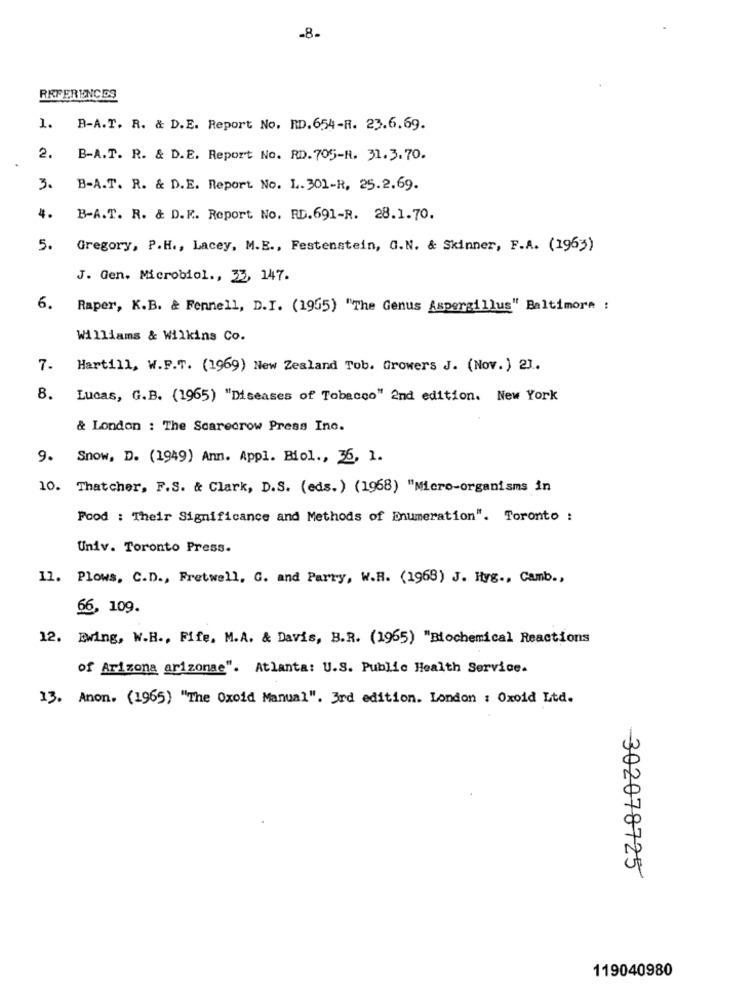
-8.
REFERENCES
1. B-A.T. R. & D.E. Report No. RD.654-R. 23.6.69.
2. 1
B-A.T. R. & D.E. Report No. RD. 705-H. 31.3.70.
3. B-A.T. R. & D.E. Report No. L. 301-R, 25.2.69.
4. B-A.T. R. & D.F. Report No. RD.691-R. 28.1.70.
5. Gregory, P.H ., Lacey, M.E ., Festenstein, G.N. & Skinner, F.A. (1963)
J. Gen. Microbiol ., 33, 147.
6.
Raper, K.B. & Fennell, D.I. (1955) "The Genus Aspergillus" Baltimore :
Williams & Wilkins Co.
7. Hartill, W.F.T. (1969) New Zealand Tob. Growers J. (Nov.) 21.
8.
Lucas, G.B. (1965) "Diseases of Tobacco" 2nd edition. New York
& London : The Scarecrow Press Ine.
9. Snow, D. (1949) Ann. Appl. Biol ., 36, 1.
10. Thatcher, F.S. & Clark, D.S. (eds.) (1968) "Micro-organisms in
Food : Their Significance and Methods of Enumeration". Toronto :
Univ. Toronto Press.
11. Plows, C.D ., Fretwell. G. and Parry, W.R. (1968) J. Hyg ., Camb .,
66, 109.
12. Ewing, W.H ., Fife. M.A. & Davis, B.R. (1965) "Biochemical Reactions
of Arizona arizonae". Atlanta: U.S. Public Health Service.
13. Anon. (1965) "The Oxoid Manual". 3rd edition. London : Oxold Ltd.
302078725
119040980